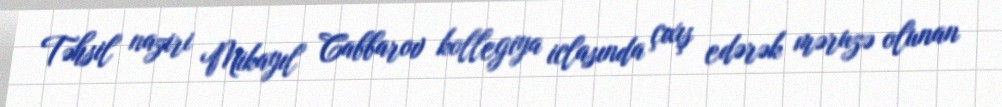
Təhsil naziri Mikayıl Cabbarov kollegiya iclasında çıxış edərək məruzə olunan